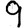
Digit: 9